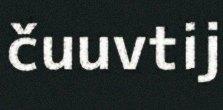
čuuvtij